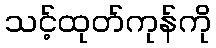
သင့်ထုတ်ကုန်ကို